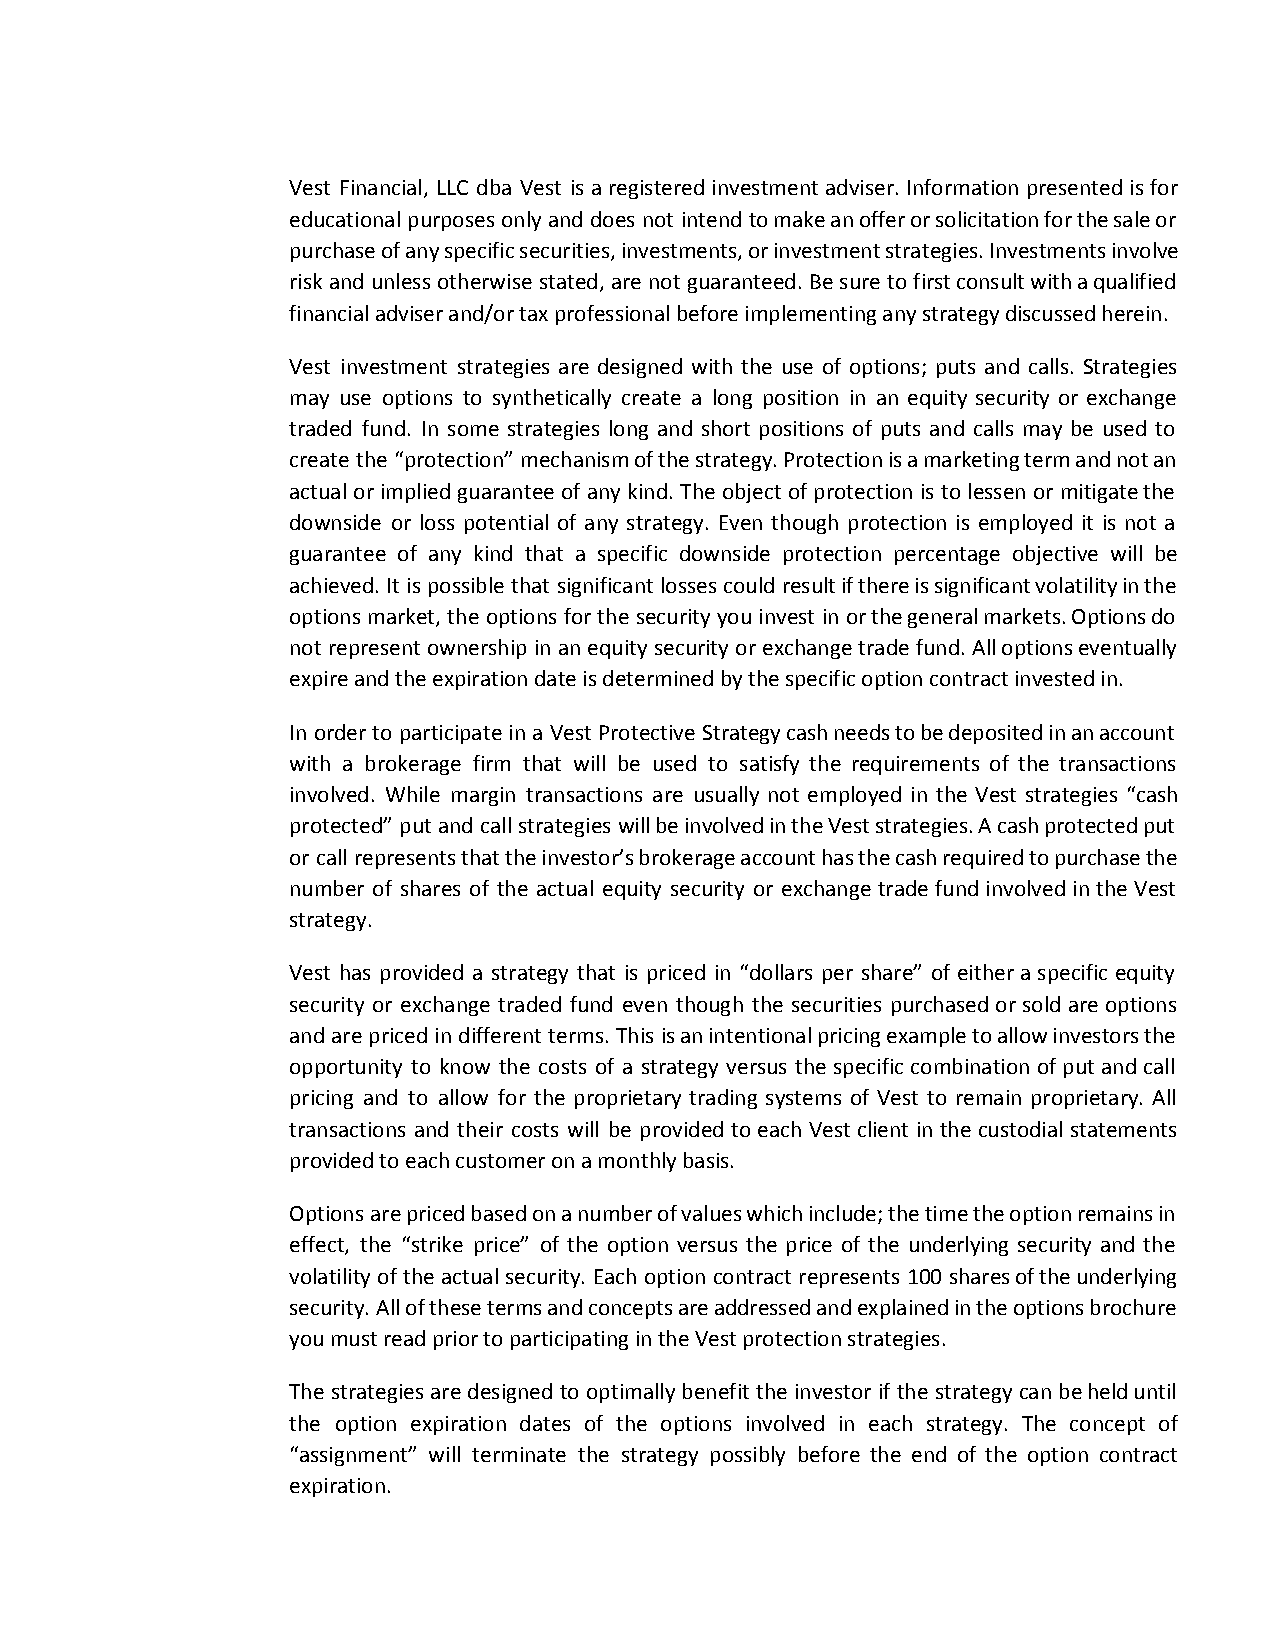
Vest Financial, LLC dba Vest is a registered investment adviser. Information presented is for
 educational purposes only and does not intend to make an offer or solicitation for the sale or
 purchase of any specific securities, investments, or investment strategies. Investments involve
 risk and unless otherwise stated, are not guaranteed. Be sure to first consult with a qualified
 financial adviser and/or tax professional before implementing any strategy discussed herein.
 Vest investment strategies are designed with the use of options; puts and calls. Strategies
 may use options to synthetically create a long position in an equity security or exchange
 traded fund. In some strategies long and short positions of puts and calls may be used to
 create the “protection” mechanism of the strategy. Protection is a marketing term and not an
 actual or implied guarantee of any kind. The object of protection is to lessen or mitigate the
 downside or loss potential of any strategy. Even though protection is employed it is not a
 guarantee of any kind that a specific downside protection percentage objective will be
 achieved. It is possible that significant losses could result if there is significant volatility in the
 options market, the options for the security you invest in or the general markets. Options do
 not represent ownership in an equity security or exchange trade fund. All options eventually
 expire and the expiration date is determined by the specific option contract invested in.
 In order to participate in a Vest Protective Strategy cash needs to be deposited in an account
 with a brokerage firm that will be used to satisfy the requirements of the transactions
 involved. While margin transactions are usually not employed in the Vest strategies “cash
 protected” put and call strategies will be involved in the Vest strategies. A cash protected put
 or call represents that the investor’s brokerage account has the cash required to purchase the
 number of shares of the actual equity security or exchange trade fund involved in the Vest
 strategy.
 Vest has provided a strategy that is priced in “dollars per share” of either a specific equity
 security or exchange traded fund even though the securities purchased or sold are options
 and are priced in different terms. This is an intentional pricing example to allow investors the
 opportunity to know the costs of a strategy versus the specific combination of put and call
 pricing and to allow for the proprietary trading systems of Vest to remain proprietary. All
 transactions and their costs will be provided to each Vest client in the custodial statements
 provided to each customer on a monthly basis.
 Options are priced based on a number of values which include; the time the option remains in
 effect, the “strike price” of the option versus the price of the underlying security and the
 volatility of the actual security. Each option contract represents 100 shares of the underlying
 security. All of these terms and concepts are addressed and explained in the options brochure
 you must read prior to participating in the Vest protection strategies.
 The strategies are designed to optimally benefit the investor if the strategy can be held until
 the option expiration dates of the options involved in each strategy. The concept of
 “assignment” will terminate the strategy possibly before the end of the option contract
 expiration.